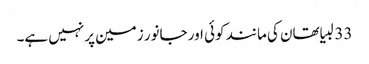
33 لبیا تھان کی مانند کوئی اور جانور زمین پر نہیں ہے۔